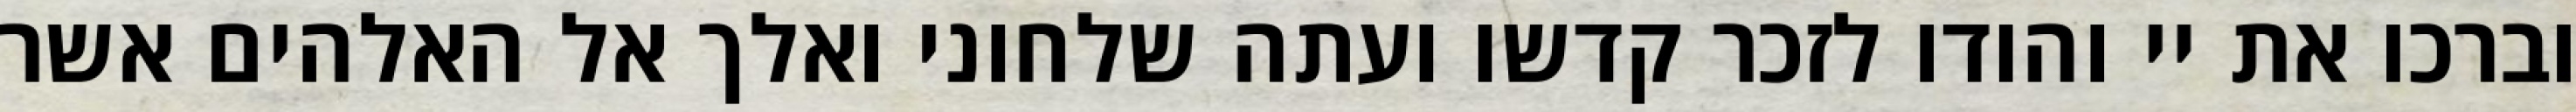
וברכו את יי והודו לזכר קדשו ועתה שלחוני ואלך אל האלהים אשר